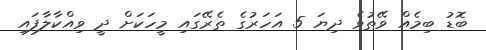
ބޮޑު ބިމެއް ވޭތުވެ ދިޔަ 5 އަހަރުގެ ތެރޭގައި މީހަކަށް ދީ ވިއްކާލާފައި